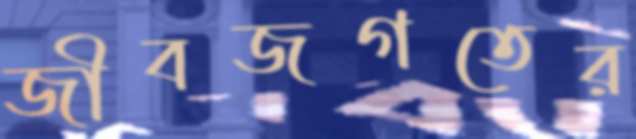
জীবজগতের